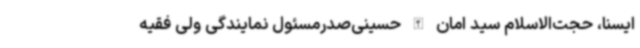
ایسنا،‌ حجت‌الاسلام سید امان الله حسینی‌صدرمسئول نمایندگی ولی فقیه